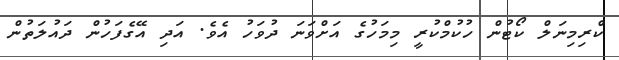
ކްރިމިނަލް ކޯޓުން ހުކުމްކުރީ މިމަހުގެ އަށްވަނަ ދުވަހު އެވެ. އަދި އޭގެފަހުން ދައުލަތުން